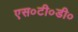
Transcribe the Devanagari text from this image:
एस०टी०डी०